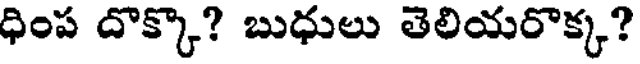
ధింప దొక్కొ? బుధులు తెలియరొక్క?